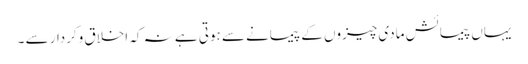
یہاں پیمائش مادی چیزوں کے پیمانے سے ہوتی ہے نہ کہ اخلاق وکردار سے ۔